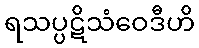
ရသပ္ပဋိသံဝေဒီဟိ